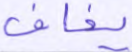
يخافا